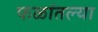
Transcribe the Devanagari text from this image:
फळांतल्या